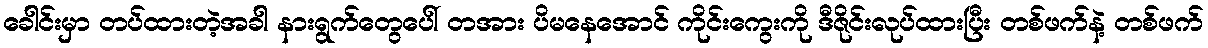
ခေါင်းမှာ တပ်ထားတဲ့အခါ နားရွက်တွေပေါ် တအား ပိမနေအောင် ကိုင်းကွေးကို ဒီဇိုင်းလုပ်ထားပြီး တစ်ဖက်နဲ့ တစ်ဖက်